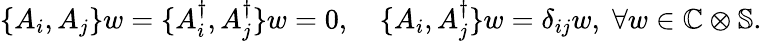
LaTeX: \begin{array}{r}{\{ A_{i},A_{j}\} w=\{ A_{i}^{\dagger},A_{j}^{\dagger}\} w=0,\quad\{ A_{i},A_{j}^{\dagger}\} w=\delta_{ij}w,\; \forall w\in\mathbb{C}\otimes\mathbb{S}.}\end{array}